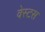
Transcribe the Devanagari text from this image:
वेस्टस